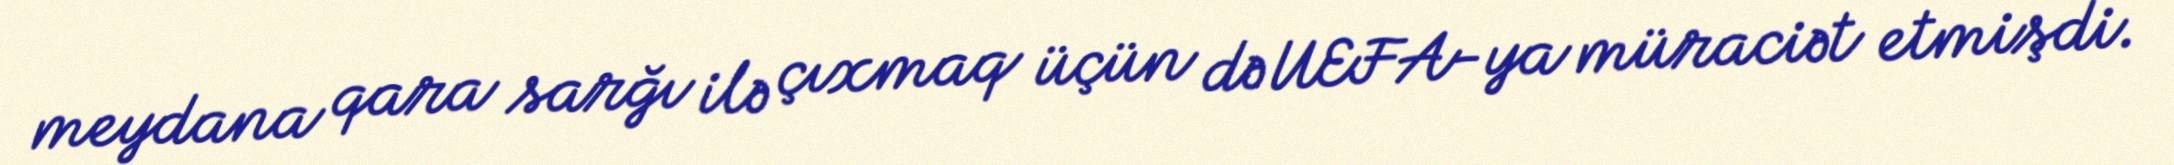
meydana qara sarğı ilə çıxmaq üçün də UEFA-ya müraciət etmişdi.